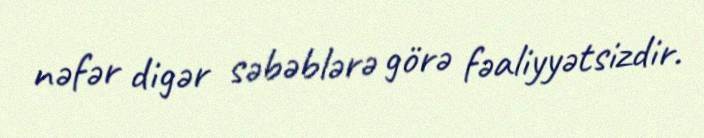
nəfər digər səbəblərə görə fəaliyyətsizdir.